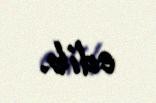
edib.